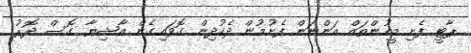
ޕާޓީ ފެށި މީހުންތައް އަންނަން ފެށުމުން ދެކުދިން ގޮވައިގެން އާޝިޔާ ގޮސް ދޮރު